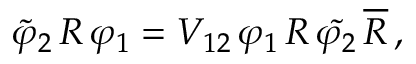
\tilde { \varphi } _ { 2 } \, R \, \varphi _ { 1 } = V _ { 1 2 } \, \varphi _ { 1 } \, R \, \tilde { \varphi _ { 2 } } \, \overline { { { R } } } \, ,